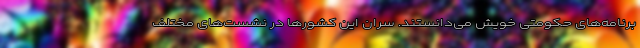
برنامه‌های حکومتی خویش می‌دانستند. سران این کشورها در نشست‌های مختلف